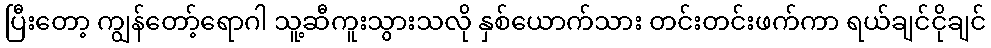
ပြီးတော့ ကျွန်တော့်ရောဂါ သူ့ဆီကူးသွားသလို နှစ်ယောက်သား တင်းတင်းဖက်ကာ ရယ်ချင်ငိုချင်